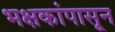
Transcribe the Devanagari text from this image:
भक्षकांपासून